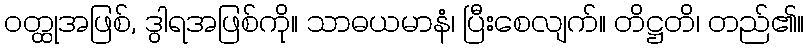
ဝတ္ထုအဖြစ်, ဒွါရအဖြစ်ကို။ သာဓယမာနံ၊ ပြီးစေလျက်။ တိဋ္ဌတိ၊ တည်၏။